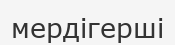
мердігерші